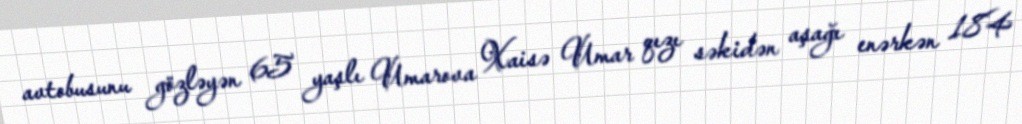
avtobusunu gözləyən 65 yaşlı Umarova Xaisə Umar qızı səkidən aşağı enərkən 184